Report of the Indian Hemp Drugs Commission, 1894-1895 - Volume IV
Year: 1894
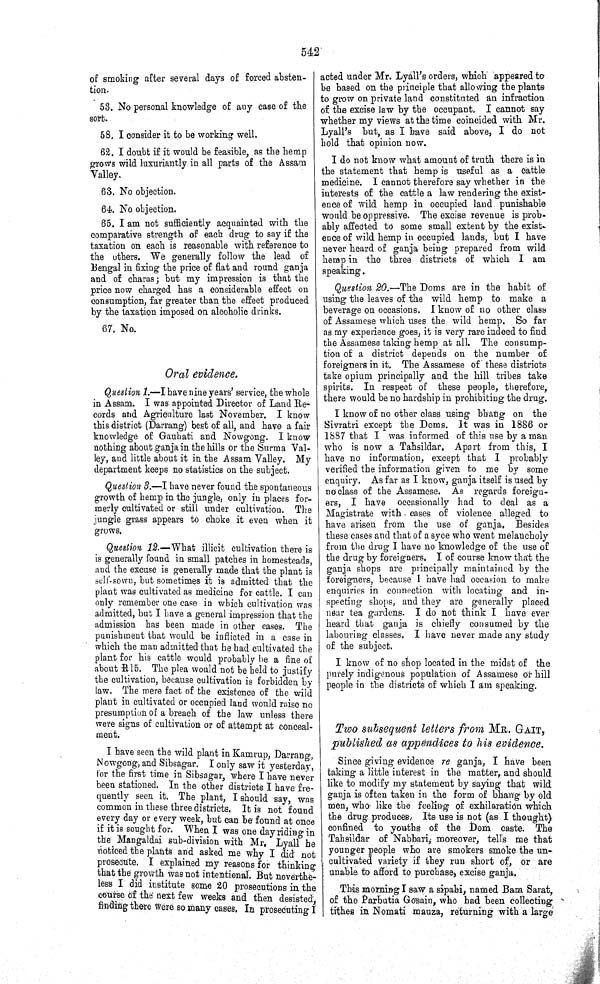
542
of smoking after several days of forced absten-
tion.
53. No personal knowledge of any case of the
sort.
58. I consider it to be working well.
62. I doubt if it would be feasible, as the hemp
grows wild luxuriantly in all parts of the Assam
Valley.
63. No objection.
64. No objection.
65. I am not sufficiently acquainted with the
comparative strength of each drug to say if the
taxation on each is reasonable with reference to
the others. We generally follow the lead of
Bengal in fixing the price of flat and round ganja
and of charas; but my impression is that the
price now charged has a considerable effect on
consumption, far greater than the effect produced
by the taxation imposed on alcoholic drinks.
67. No.
Oral evidence.
Question 1. —I have nine years' service, the whole
in Assam. I was appointed Director of Land Re-
cords and Agriculture last November. I know
this district (Darrang) best of all, and have a fair
knowledge of Gauhati and Nowgong. I know
nothing about ganja in the hills or the Surma Val-
ley, and little about it in the Assam Valley. My
department keeps no statistics on the subject.
Question 3.—I have never found the spontaneous
growth of hemp in the jungle, only in places for-
merly cultivated or still under cultivation. The
jungle grass appears to choke it even when it
grows.
Question 12.—What illicit cultivation there is
is generally found in small patches in homesteads,
and the excuse is generally made that the plant is
self-sown, but sometimes it is admitted that the
plant was cultivated as medicine for cattle. I can
only remember one case in which cultivation was
admitted, but I have a general impression that the
admission has been made in other cases. The
punishment that would be inflicted in a case in
which the man admitted that he had cultivated the
plant for his cattle would probably be a fine of
about R15. The plea would not be held to justify
the cultivation, because cultivation is forbidden by
law. The mere fact of the existence of the wild
plant in cultivated or occupied land would raise no
presumption of a breach of the law unless there
were signs of cultivation or of attempt at conceal-
ment.
I have seen the wild plant in Kamrup, Darrang,
Nowgong, and Sibsagar. I only saw it yesterday,
for the first time in Sibsagar, where I have never
been stationed. In the other districts I have fre-
quently seen it. The plant, I should say, was
common in these three districts. It is not found
every day or every week, but can be found at once
if it is sought for. When I was one day riding in
the Mangaldai sub-division with Mr. Lyall he
noticed the plants and asked me why I did not
prosecute. I explained my reasons for thinking
that the growth was not intentional. But neverthe-
less I did institute some 20 prosecutions in the
course of the next few weeks and then desisted,
finding there were so many cases. In prosecuting I
acted under Mr. Lyall's orders, which appeared to
be based on the principle that allowing the plants
to grow on private land constituted an infraction
of the excise law by the occupant. I cannot say
whether my views at the time coincided with Mr.
Lyall's but, as I have said above, I do not
hold that opinion now.
I do not know what amount of truth there is in
the statement that hemp is useful as a cattle
medicine. I cannot therefore say whether in the
interests of the cattle a law rendering the exist-
ence of wild hemp in occupied land punishable
would be oppressive. The excise revenue is prob-
ably affected to some small extent by the exist-
ence of wild hemp in occupied lands, but I have
never heard of ganja being prepared from wild
hemp in the three districts of which I am
speaking.
Question 20.—The Doms are in the habit of
using the leaves of the wild hemp to make a
beverage on occasions. I know of no other class
of Assamese which uses the wild hemp. So far
as my experience goes, it is very rare indeed to find
the Assamese taking hemp at all. The consump-
tion of a district depends on the number of
foreigners in it. The Assamese of these districts
take opium principally and the hill tribes take
spirits. In respect of these people, therefore,
there would be no hardship in prohibiting the drug.
I know of no other class using bhang on the
Sivratri except the Doms. It was in 1886 or
1887 that I was informed of this use by a man
who is now a Tahsildar. Apart from this, I
have no information, except that I probably
verified the information given to me by some
enquiry. As far as I know, ganja itself is used by
no class of the Assamese. As regards foreign-
ers, I have occasionally had to deal as a
Magistrate with cases of violence alleged to
have arisen from the use of ganja. Besides
these cases and that of a syce who went melancholy
from the drug I have no knowledge of the use of
the drug by foreigners. I of course know that the
ganja shops are principally maintained by the
foreigners, because I have had occasion to make
enquiries in connection with locating and in-
specting shops, and they are generally placed
near tea gardens. I do not think I have ever
heard that ganja is chiefly consumed by the
labouring classes. I have never made any study
of the subject.
I know of no shop located in the midst of the
purely indigenous population of Assamese or hill
people in the districts of which I am speaking.
Two subsequent letters from MR. GAIT,
published as appendices to his evidence.
Since giving evidence re ganja, I have been
taking a little interest in the matter, and should
like to modify my statement by saying that wild
ganja is often taken in the form of bhang by old
men, who like the feeling of exhilaration which
the drug produces. Its use is not (as I thought)
confined to youths of the Dom caste. The
Tahsildar of Nabbari, moreover, tells me that
younger people who are smokers smoke the un-
cultivated variety if they run short of, or are
unable to afford to purchase, excise ganja.
This morning I saw a sipahi, named Bam Sarat,
of the Parbutia Gosain, who had been collecting
tithes in Nomati mauza, returning with a large